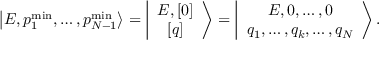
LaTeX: \left\vert E , p _ { 1 } ^ { \mathrm { m i n } } , \ldots , p _ { N - 1 } ^ { \mathrm { m i n } } \right> = \left\vert \begin{array} { c } { { E , \left[ 0 \right] } } \\ { { \left[ q \right] } } \end{array} \right> = \left\vert \begin{array} { c } { { E , 0 , \ldots , 0 } } \\ { { q _ { 1 } , \ldots , q _ { k } , \ldots , q _ { N } } } \end{array} \right> .